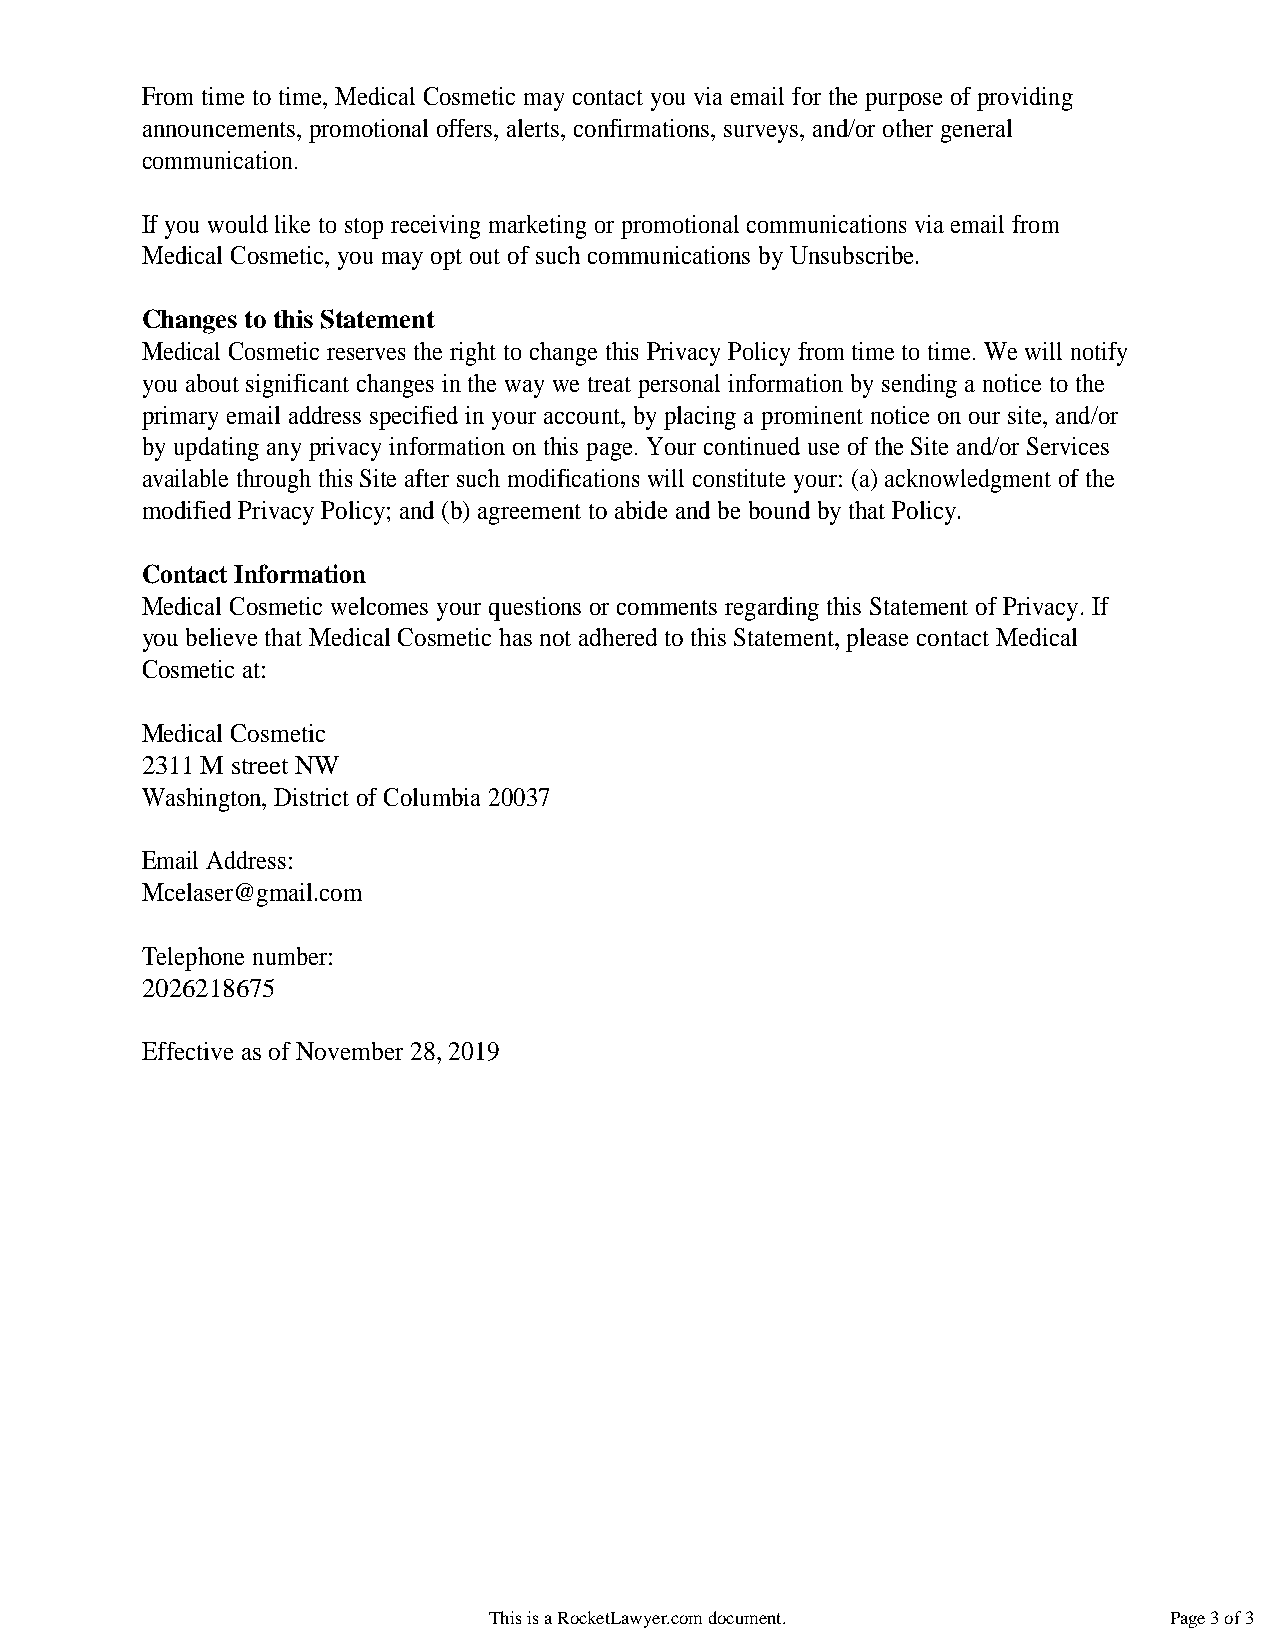
From time to time, Medical Cosmetic may contact you via email for the purpose of providing
 announcements, promotional offers, alerts, confirmations, surveys, and/or other general
 communication.
 If you would like to stop receiving marketing or promotional communications via email from
 Medical Cosmetic, you may opt out of such communications by Unsubscribe.
 Changes to this Statement
 Medical Cosmetic reserves the right to change this Privacy Policy from time to time. We will notify
 you about significant changes in the way we treat personal information by sending a notice to the
 primary email address specified in your account, by placing a prominent notice on our site, and/or
 by updating any privacy information on this page. Your continued use of the Site and/or Services
 available through this Site after such modifications will constitute your: (a) acknowledgment of the
 modified Privacy Policy; and (b) agreement to abide and be bound by that Policy.
 Contact Information
 Medical Cosmetic welcomes your questions or comments regarding this Statement of Privacy. If
 you believe that Medical Cosmetic has not adhered to this Statement, please contact Medical
 Cosmetic at:
 Medical Cosmetic
 2311 M street NW
 Washington, District of Columbia 20037
 Email Address:
 Mcelaser@gmail.com
 Telephone number:
 2026218675
 Effective as of November 28, 2019
 This is a RocketLawyer.com document.         Page 3 of 3